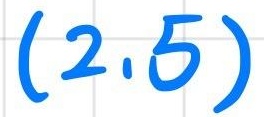
$(2.5)$